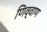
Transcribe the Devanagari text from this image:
णिव्वाण